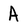
Character: A